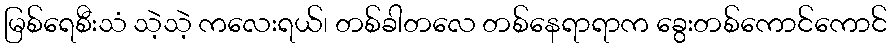
မြစ်ရေစီးသံ သဲ့သဲ့ ကလေးရယ်၊ တစ်ခါတလေ တစ်နေရာရာက ခွေးတစ်ကောင်ကောင်